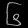
Digit: ၆